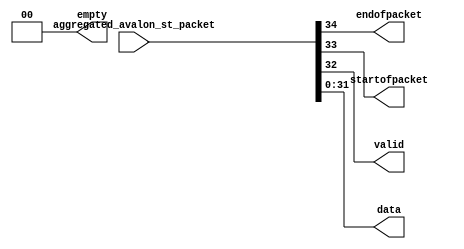
module deaggregate_avalon_st_packet
(
input   [34:0] aggregated_avalon_st_packet,
output  [1:0]  empty, 
output         endofpacket,	
output         startofpacket, 
output         valid,         
output  [31:0] data  
);

assign  data =  aggregated_avalon_st_packet[31:0];
assign  valid =  aggregated_avalon_st_packet[32];
assign  startofpacket =  aggregated_avalon_st_packet[33];
assign  endofpacket =  aggregated_avalon_st_packet[34];
assign  empty =  0;

endmodule